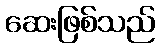
ဆေးဖြစ်သည်